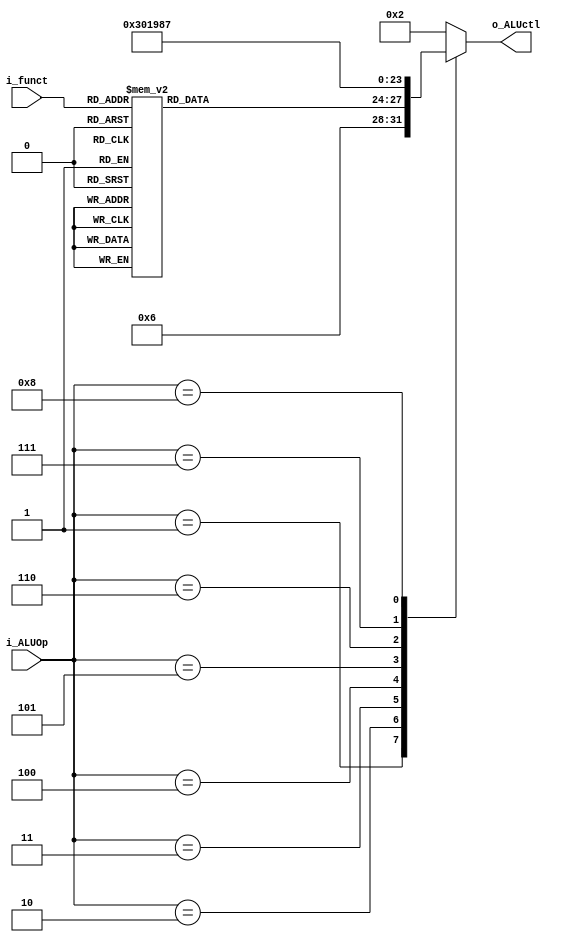
`timescale 1ns / 1ps

module seg_execute_alu_control
    #( parameter 
        NB_ALUCTL   = 4,
        NB_OP       = 4,
        NB_FUNC     = 6
    )
    (
        input   wire    [NB_FUNC - 1: 0]    i_funct,
        input   wire    [NB_OP - 1: 0]      i_ALUOp,
        output  reg     [NB_ALUCTL - 1: 0]  o_ALUctl
    );

    always @(*) begin
        casez (i_ALUOp)
            4'b0000:  //LW o SW
                o_ALUctl = 4'b0010;                 //ADDU

            4'b0001:  //BRANCH 
                o_ALUctl = 4'b0110;                 //SUBU
            
            4'b0010: begin    //R-Type
                casez (i_funct)
                    6'b000000: o_ALUctl = 4'b1011;  //SLL
                    6'b000010: o_ALUctl = 4'b1100;  //SRL
                    6'b000011: o_ALUctl = 4'b1101;  //SRA
                    6'b000100: o_ALUctl = 4'b1011;  //SLLV
                    6'b000110: o_ALUctl = 4'b1100;  //SRLV
                    6'b000111: o_ALUctl = 4'b1101;  //SRAV
                    6'b100001: o_ALUctl = 4'b0010;  //ADDU
                    6'b100011: o_ALUctl = 4'b0110;  //SUBU
                    6'b100100: o_ALUctl = 4'b0000;  //AND
                    6'b100101: o_ALUctl = 4'b0001;  //OR
                    6'b100110: o_ALUctl = 4'b1001;  //XOR
                    6'b100111: o_ALUctl = 4'b1010;  //NOR
                    6'b101010: o_ALUctl = 4'b0111;  //SLT
                    
                    default: o_ALUctl = 4'b0010;    //ADDU
                endcase
            end
            
            4'b0011:
                o_ALUctl = 4'b0011;                 //ADDI

            4'b0100:
                o_ALUctl = 4'b0000;                 //ANDI
            
            4'b0101:
                o_ALUctl = 4'b0001;                 //ORI
            
            4'b0110:
                o_ALUctl = 4'b1001;                 //XORI
            
            4'b0111:
                o_ALUctl = 4'b1000;                 //LUI
            
            4'b1000:
                o_ALUctl = 4'b0111;                 //SLTI
            
            default: o_ALUctl = 4'b0010;            //ADDU
        endcase
    end

endmodule